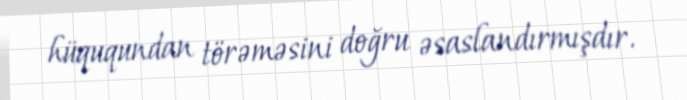
hüququndan törəməsini doğru əsaslandırmışdır.